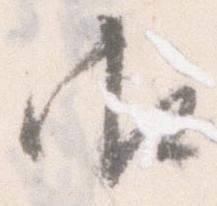
御